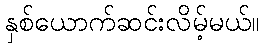
နှစ်ယောက်ဆင်းလိမ့်မယ်။